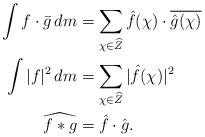
LaTeX: \begin{align*} \int f\cdot \bar{g} \,dm &= \sum_{\chi \in \widehat Z} \hat{f}(\chi) \cdot \overline{\hat g(\chi)}\\ \int |f|^{2} \,dm &= \sum_{\chi \in \widehat{Z}} |\hat{f}(\chi)|^{2}\\ \widehat{f*g}&=\hat{f}\cdot \hat{g}.\end{align*}